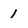
Character: 1